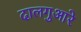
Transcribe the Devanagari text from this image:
दालगुआरे